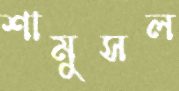
শামুসল